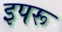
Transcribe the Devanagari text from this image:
इपरू